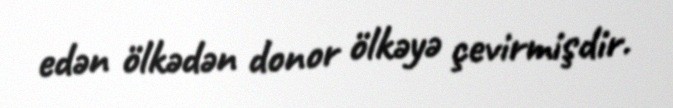
edən ölkədən donor ölkəyə çevirmişdir.